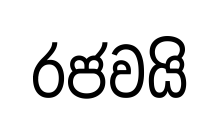
රජවයි